system: You are a helpful assistant.
user:
Analyze the provided spectrum to determine if it is a **S-type Star**.

- **Key Indicators for S-type Star:**

    - **(Overall Spectrum Shape):** The first and most obvious characteristic is the overall continuum (the "baseline" shape). It is **extremely "red-sloping,"** meaning the flux (light intensity) is very low on the left side (blue, ~4000-4500 Å) and rises steeply and continuously toward the right side (red, ~7000 Å+).

    - **(Primary):** The spectrum is defined by the presence of strong, broad molecular absorption "valleys" (bands) from **Zirconium Oxide (ZrO)**. The identification of these bands is the **primary requirement** for classifying a star as S-type.
        - **(Key Bandheads):** You must find distinct, deep "dips" where the light has been absorbed. The most critical band systems to locate are:
            - **~6474 Å** ($\gamma$-system): This is often the strongest and clearest ZrO feature, found in the red part of the spectrum.
            - **~5718 Å** & **~5551 Å** ($\beta$-system): A pair of prominent absorption features in the yellow-orange part of the spectrum.
            - **~4640 Å** ($\alpha$-system): A key absorption band system in the blue-green region of the spectrum.

    - **(Secondary Confirmation):** The classification is strengthened by finding additional absorption bands from other related heavy element oxides, which are expected to be present alongside ZrO.
        - **(Key Bandheads):**
            - **Yttrium Oxide (YO):** Look for absorption dips near **~4800 Å** and **~6100 Å**.
            - **Lanthanum Oxide (LaO):** Additional absorption features, particularly in the red-orange part of the spectrum, are also characteristic.

    - **(Line Profile):** The combination of the steep red continuum and these numerous, deep molecular bands (ZrO, YO, etc.) gives the entire spectrum a very **"chopped-up"** or **"bumpy"** appearance. Instead of a smooth curve, the spectrum looks as though large, wide chunks of light have been "carved out" of it at the specific wavelengths listed above.

Think first, call **spectral_visualization_tool** if needed to examine features in detail, then provide your final answer. Your response must adhere to the following strict rules:
1.  **Overall Structure:** Your response must follow the format `<think>...</think> <tool_call>...</tool_call> (if a tool is used) <answer>...</answer>`.
2.  **Tool Usage Constraint:** You may only make **one** tool call per turn.
3.  **Final Answer Format:** In the `<answer>` tag, your conclusion must be inside a `\boxed{}` command (e.g., `\boxed{YES}` or `\boxed{NO}`), followed by your justification.

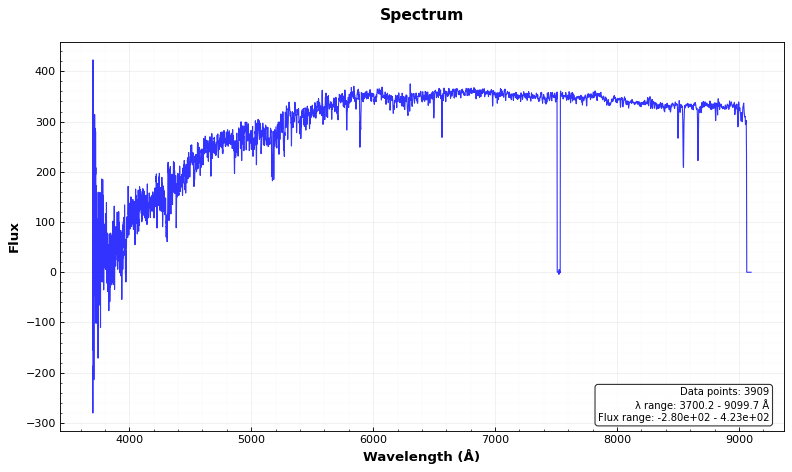
Answer: NO